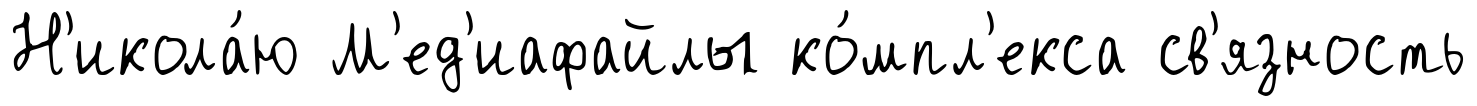
Н'икола́ю М'ед'иафайлы ко́мпл'екса св'язность